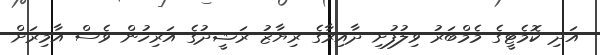
އަދި ކޮމެޓީގެ މެމްބަރު ވިލުފުށި ދާއިރާގެ ރިޔާޒު ރަޝީދުގެ އަރިހުން ވެސް އާމިރަށް